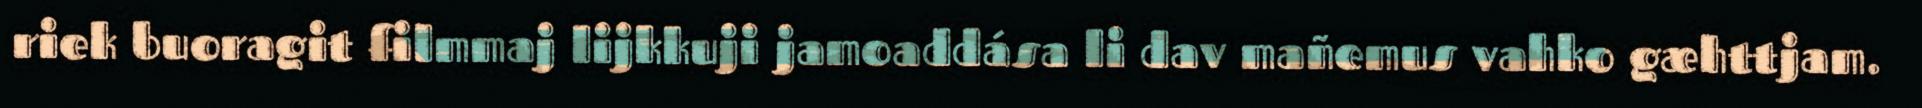
riek buoragit filmmaj lijkkuji jamoaddása li dav mañemus vahko gæhttjam.